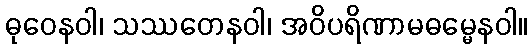
ဓုဝေနဝါ၊ သဿတေနဝါ၊ အဝိပရိဏာမဓမ္မေနဝါ။